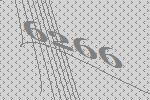
6266